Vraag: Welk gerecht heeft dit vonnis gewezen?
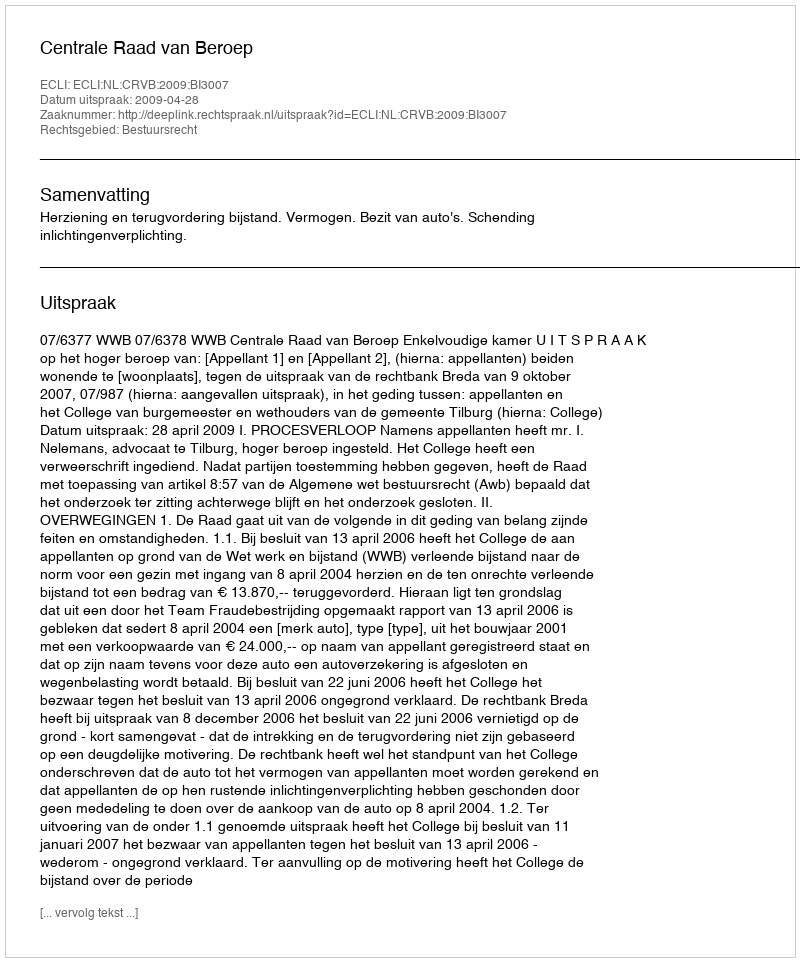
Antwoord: Centrale Raad van Beroep